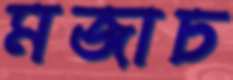
মজাচ